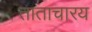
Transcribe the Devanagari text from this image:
ताताचारय